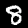
Label: 8